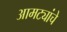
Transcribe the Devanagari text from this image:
आमट्यांचे